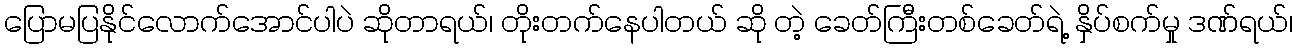
ပြောမပြနိုင်လောက်အောင်ပါပဲ ဆိုတာရယ်၊ တိုးတက်နေပါတယ် ဆို တဲ့ ခေတ်ကြီးတစ်ခေတ်ရဲ့ နှိပ်စက်မှု ဒဏ်ရယ်၊